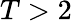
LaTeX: T>2